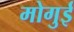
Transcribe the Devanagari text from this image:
मोगुई